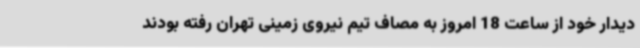
دیدار خود از ساعت 18 امروز به مصاف تیم نیروی زمینی تهران رفته بودند